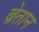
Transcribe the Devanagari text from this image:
ब्रेतान